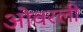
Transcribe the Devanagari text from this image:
ओवरली